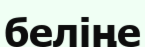
беліңе